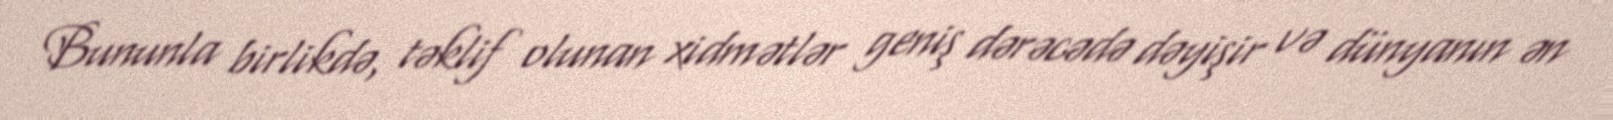
Bununla birlikdə, təklif olunan xidmətlər geniş dərəcədə dəyişir və dünyanın ən